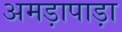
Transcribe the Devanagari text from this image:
अमड़ापाड़ा